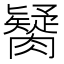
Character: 𦡼